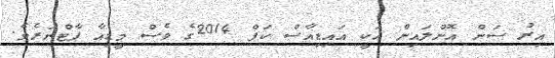
އިރު ސަން އޮންލައިން އަކީ އައިޑިއާސް ކަޕް 2014ގެ ވެސް މީޑިއާ ޕާޓްނަރެވެ.